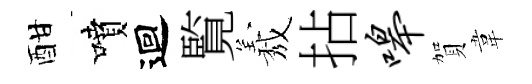
酣噴迴覧𦏁拈嗥賀韋